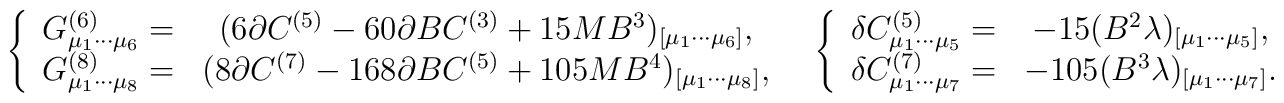
\left. \begin{array}{cc}\left\{\begin{array}{cc}G^{(6)}_{\mu_{1}\cdots\mu_{6}}=&(6\partial C^{(5)}-60\partial B C^{(3)} +15 M B^{3})_{[\mu_{1}\cdots\mu_{6}]},\\  G^{(8)}_{\mu_{1}\cdots\mu_{8}}=&(8\partial C^{(7)}-168\partial B C^{(5)}+105 M B^{4})_{[\mu_{1}\cdots\mu_{8}]},\end{array}\right. &\left\{\begin{array}{cc}\delta C^{(5)}_{\mu_{1}\cdots\mu_{5}}=& -15 (B^{2}\lambda)_{[\mu_{1}\cdots\mu_{5}]},\\ \delta C^{(7)}_{\mu_{1}\cdots\mu_{7}}=& -105 (B^{3}\lambda)_{[\mu_{1}\cdots\mu_{7}]}.\end{array}\right.\end{array}\right.